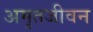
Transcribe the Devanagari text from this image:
अमृतजीवन